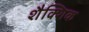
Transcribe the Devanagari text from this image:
शैक्शिक